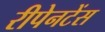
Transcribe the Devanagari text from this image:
रीपेनटेंस